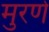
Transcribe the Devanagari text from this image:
मुरणे